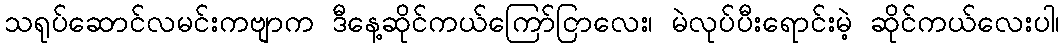
သရုပ်ဆောင်လမင်းကဗျာက ဒီနေ့ဆိုင်ကယ်ကြော်ငြာလေး၊ မဲလုပ်ပီးရောင်းမဲ့ ဆိုင်ကယ်လေးပါ၊